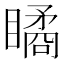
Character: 瞲